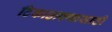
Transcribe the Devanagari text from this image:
टिकाऊपणासाठी